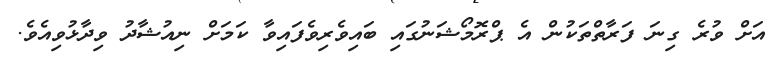
އަށް ވުރެ ގިނަ ފަރާތްތަކުން އެ ޕްރޮމޯޝަނުގައި ބައިވެރިވެފައިވާ ކަމަށް ނިއުޝާދު ވިދާޅުވިއެވެ.